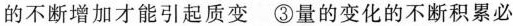
的不断增加才能引起质变 ③量的变化的不断积累必